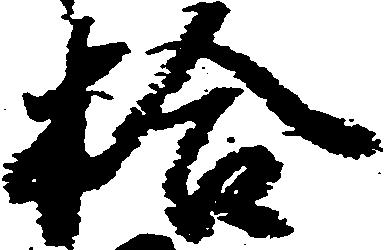
拾